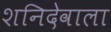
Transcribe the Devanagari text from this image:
शनिदेवाला